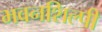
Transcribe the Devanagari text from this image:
भवनशिल्पी